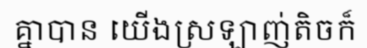
គ្នាបាន យើងស្រឡាញ់តិចក៏